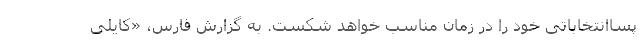
پساانتخاباتی خود را در زمان مناسب خواهد شکست. به گزارش فارس، «کایلی